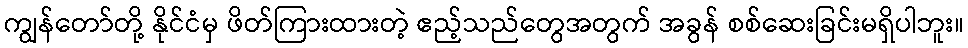
ကျွန်တော်တို့ နိုင်ငံမှ ဖိတ်ကြားထားတဲ့ ဧည့်သည်တွေအတွက် အခွန် စစ်ဆေးခြင်းမရှိပါဘူး။